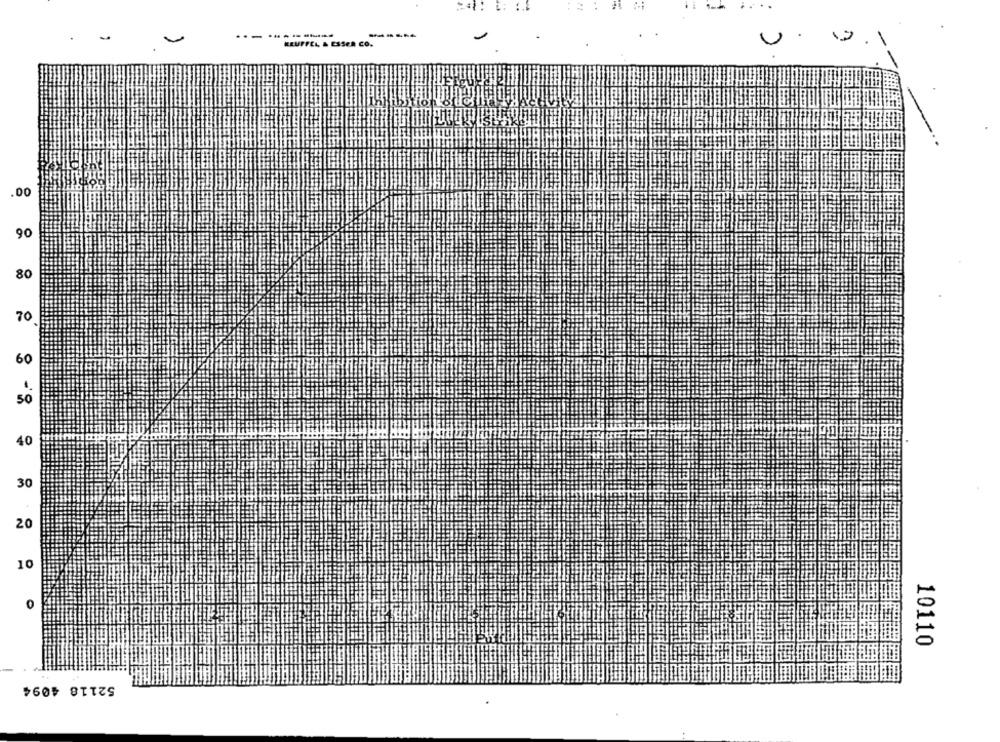
:.
.
REUFFEL & ESSER CO.
U
.00
90
80
70
60
50
40
30
20
10
10110
52118 4094